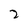
Character: 2